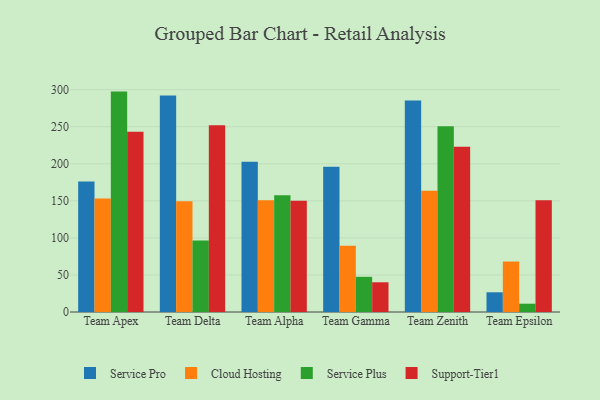
{"axis": {"x": "Team", "y": "Backlog"}, "legend": ["Cloud Hosting", "Service Plus", "Service Pro", "Support-Tier1"], "data": [{"x": "Team Apex", "y": 176.2, "type": "Service Pro"}, {"x": "Team Apex", "y": 153.3, "type": "Cloud Hosting"}, {"x": "Team Apex", "y": 297.4, "type": "Service Plus"}, {"x": "Team Apex", "y": 243.1, "type": "Support-Tier1"}, {"x": "Team Delta", "y": 292.1, "type": "Service Pro"}, {"x": "Team Delta", "y": 149.6, "type": "Cloud Hosting"}, {"x": "Team Delta", "y": 96.6, "type": "Service Plus"}, {"x": "Team Delta", "y": 252.1, "type": "Support-Tier1"}, {"x": "Team Alpha", "y": 202.6, "type": "Service Pro"}, {"x": "Team Alpha", "y": 150.7, "type": "Cloud Hosting"}, {"x": "Team Alpha", "y": 157.5, "type": "Service Plus"}, {"x": "Team Alpha", "y": 150.0, "type": "Support-Tier1"}, {"x": "Team Gamma", "y": 196.1, "type": "Service Pro"}, {"x": "Team Gamma", "y": 89.4, "type": "Cloud Hosting"}, {"x": "Team Gamma", "y": 47.5, "type": "Service Plus"}, {"x": "Team Gamma", "y": 40.1, "type": "Support-Tier1"}, {"x": "Team Zenith", "y": 285.3, "type": "Service Pro"}, {"x": "Team Zenith", "y": 163.5, "type": "Cloud Hosting"}, {"x": "Team Zenith", "y": 250.8, "type": "Service Plus"}, {"x": "Team Zenith", "y": 223.0, "type": "Support-Tier1"}, {"x": "Team Epsilon", "y": 26.6, "type": "Service Pro"}, {"x": "Team Epsilon", "y": 68.1, "type": "Cloud Hosting"}, {"x": "Team Epsilon", "y": 11.2, "type": "Service Plus"}, {"x": "Team Epsilon", "y": 150.7, "type": "Support-Tier1"}]}